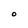
Character: O